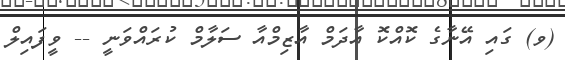
(ވ) ގައި އޭނާގެ ކޮއްކޮ އާދަމް އާޒިމްއާ ސަލާމް ކުރައްވަނީ -- ވީފައިލް